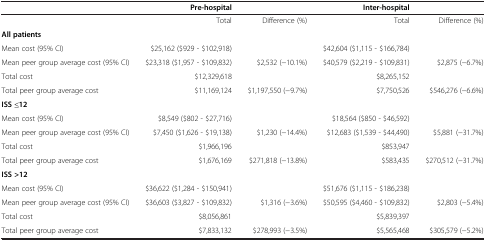
<table><thead><tr><td><b> </b></td><td><b>Pre-hospital</b></td><td><b> </b></td><td><b>Inter-hospital</b></td><td><b> </b></td></tr></thead><tbody><tr><td> </td><td>Total</td><td>Difference (%)</td><td>Total</td><td>Difference (%)</td></tr><tr><td><b>All patients</b></td><td> </td><td> </td><td> </td><td> </td></tr><tr><td>Mean cost (95% CI)</td><td>$25,162 ($929 - $102,918)</td><td> </td><td>$42,604 ($1,115 - $166,784)</td><td> </td></tr><tr><td>Mean peer group average cost (95% CI)</td><td>$23,318 ($1,957 - $109,832)</td><td>$2,532 (−10.1%)</td><td>$40,579 ($2,219 - $109,831)</td><td>$2,875 (−6.7%)</td></tr><tr><td>Total cost</td><td>$12,329,618</td><td> </td><td>$8,265,152</td><td> </td></tr><tr><td>Total peer group average cost</td><td>$11,169,124</td><td>$1,197,550 (−9.7%)</td><td>$7,750,526</td><td>$546,276 (−6.6%)</td></tr><tr><td><b>ISS ≤12</b></td><td> </td><td> </td><td> </td><td> </td></tr><tr><td>Mean cost (95% CI)</td><td>$8,549 ($802 - $27,716)</td><td> </td><td>$18,564 ($850 - $46,592)</td><td> </td></tr><tr><td>Mean peer group average cost (95% CI)</td><td>$7,450 ($1,626 - $19,138)</td><td>$1,230 (−14.4%)</td><td>$12,683 ($1,539 - $44,490)</td><td>$5,881 (−31.7%)</td></tr><tr><td>Total cost</td><td>$1,966,196</td><td> </td><td>$853,947</td><td> </td></tr><tr><td>Total peer group average cost</td><td>$1,676,169</td><td>$271,818 (−13.8%)</td><td>$583,435</td><td>$270,512 (−31.7%)</td></tr><tr><td><b>ISS &gt;12</b></td><td> </td><td> </td><td> </td><td> </td></tr><tr><td>Mean cost (95% CI)</td><td>$36,622 ($1,284 - $150,941)</td><td> </td><td>$51,676 ($1,115 - $186,238)</td><td> </td></tr><tr><td>Mean peer group average cost (95% CI)</td><td>$36,603 ($3,827 - $109,832)</td><td>$1,316 (−3.6%)</td><td>$50,595 ($4,460 - $109,832)</td><td>$2,803 (−5.4%)</td></tr><tr><td>Total cost</td><td>$8,056,861</td><td> </td><td>$5,839,397</td><td> </td></tr><tr><td>Total peer group average cost</td><td>$7,833,132</td><td>$278,993 (−3.5%)</td><td>$5,565,468</td><td>$305,579 (−5.2%)</td></tr></tbody></table>